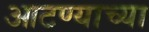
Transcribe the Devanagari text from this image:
आटण्याच्या